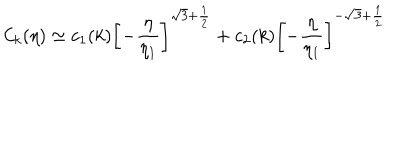
{ \cal C } _ { k } ( \eta ) \simeq c _ { 1 } ( k ) \biggl [ - \frac { \eta } { \eta _ { 1 } } \biggr ] ^ { \sqrt { 3 } + \frac { 1 } { 2 } } + c _ { 2 } ( k ) \biggl [ - \frac { \eta } { \eta _ { 1 } } \biggr ] ^ { - \sqrt { 3 } + \frac { 1 } { 2 } }